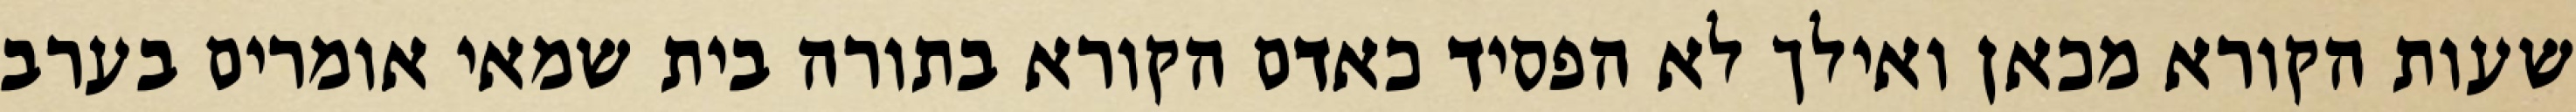
שעות הקורא מכאן ואילך לא הפסיד כאדם הקורא בתורה בית שמאי אומרים בערב